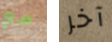
مع آخر